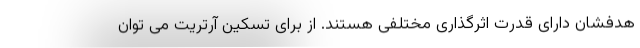
هدفشان دارای قدرت اثرگذاری مختلفی هستند. از برای تسکین آرتریت می توان